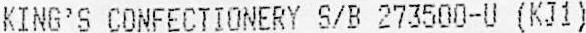
KING'S CONFECTIONERY S/B 273500-U (KJ1)